Indian journal of veterinary science and animal husbandry - Volumes 22-23, 1952-1953
Year: 1952
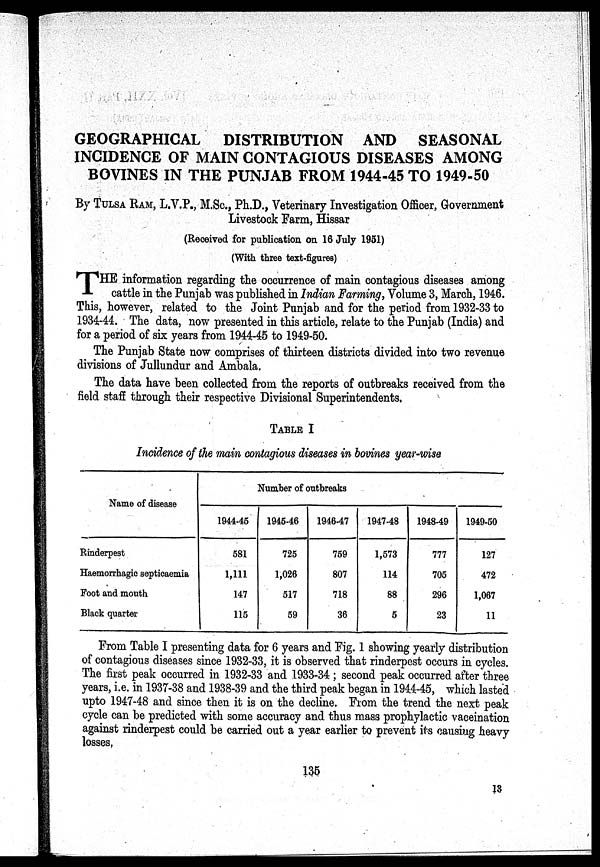
GEOGRAPHICAL DISTRIBUTION AND SEASONAL
INCIDENCE OF MAIN CONTAGIOUS DISEASES AMONG
BOVINES IN THE PUNJAB FROM 1944-45 TO 1949-50
By TULSA RAM, L.V.P., M.Sc., Ph.D., Veterinary Investigation Officer, Government
Livestock Farm, Hissar
(Received for publication on 16 July 1951)
(With three text-figures)
T HE information regarding the occurrence of main contagious diseases among
cattle in the Punjab was published in Indian Farming, Volume 3, March, 1946.
This, however, related to the Joint Punjab and for the period from 1932-33 to
1934-44. The data, now presented in this article, relate to the Punjab (India) and
for a period of six years from 1944-45 to 1949-50.
The Punjab State now comprises of thirteen districts divided into two revenue
divisions of Jullundur and Ambala.
The data have been collected from the reports of outbreaks received from the
field staff through their respective Divisional Superintendents,
TABLE I
Incidence of the main contagious diseases in bovines year-wise
Name of disease
Rinderpest
Haemorrhagic septicaemia
Foot and mouth
Black quarter
Number of outbreaks
1944-45
681
1,111
147
115
1945-46
725
1,026
517
59
1946-47
759
807
718
36
1947-48
1,573
114
88
5
1948-49
777
705
296
23
1949-50
127
472
1,067
11
From Table I presenting data for 6 years and Fig. 1 showing yearly distribution
of contagious diseases since 1932-33, it is observed that rinderpest occurs in cycles.
The first peak occurred in 1932-33 and 1933-34; second peak occurred after three
years, i.e. in 1937-38 and 1938-39 and the third peak began in 1944-45, which lasted
upto 1947-48 and since then it is on the decline. From the trend the next peak
cycle can be predicted with some accuracy and thus mass prophylactic vaceination
against rinderpest could be carried out a year earlier to prevent its causing heavy
losses.
135
13